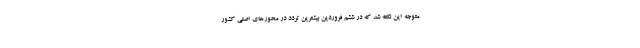
متوجه این نکته شد که در ششم فروردین بیشترین تردد در محورهای اصلی کشور